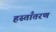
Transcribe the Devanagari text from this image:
हस्ताँतरण